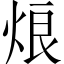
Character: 烺